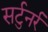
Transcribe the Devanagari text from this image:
सर्टुनर्र